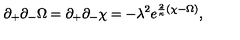
\partial _ { + } \partial _ { - } \Omega = \partial _ { + } \partial _ { - } \chi = - \lambda ^ { 2 } e ^ { { \frac { 2 } { \kappa } } ( \chi - \Omega ) } ,